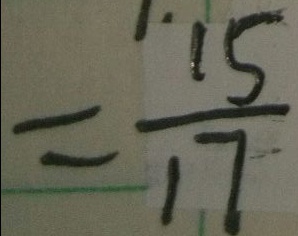
= \frac { 1 5 } { 1 7 }